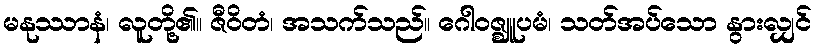
မနုဿာနံ၊ လူတို့၏။ ဇီဝိတံ၊ အသက်သည်။ ဂေါဝဇ္ဈူပမံ၊ သတ်အပ်သော နွားလျှင်